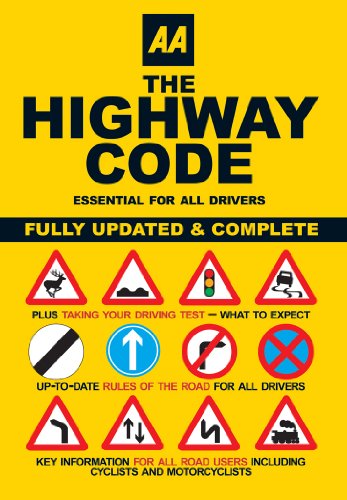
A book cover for AA The Highway Code: Essential for All Drivers (AA Driving Test Series); AA Publishing; Test Preparation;